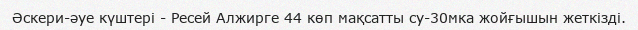
Әскери-әуе күштері - Ресей Алжирге 44 көп мақсатты су-30мка жойғышын жеткізді.